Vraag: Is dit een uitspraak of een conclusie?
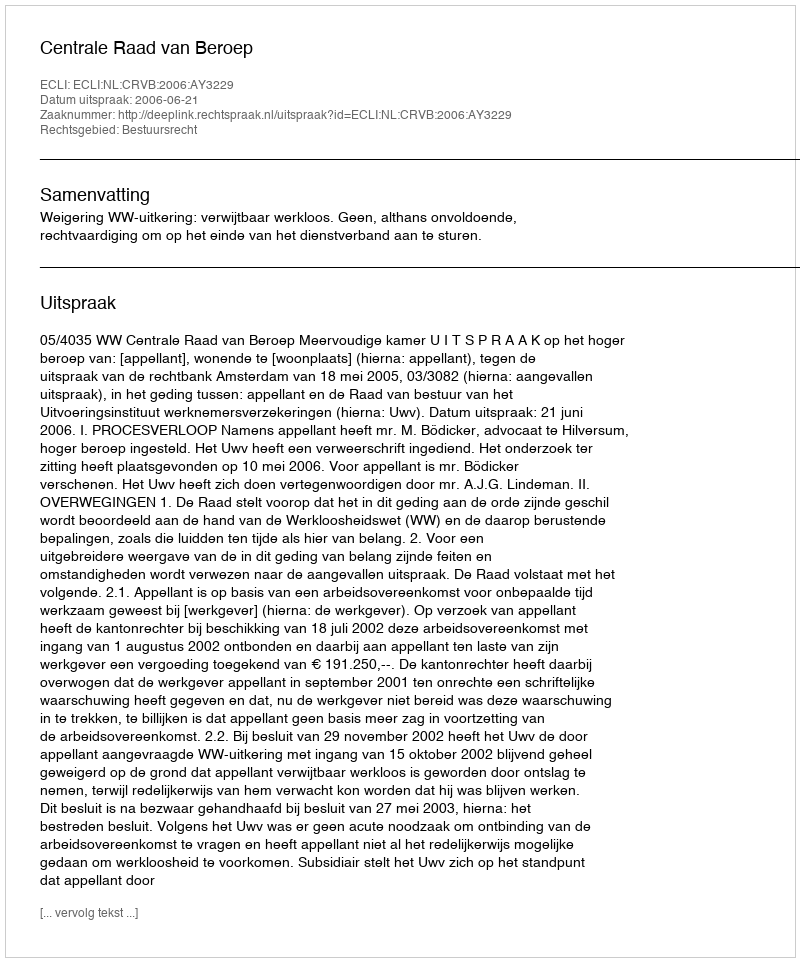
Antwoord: Uitspraak